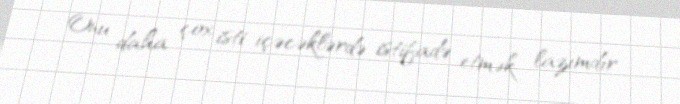
Onu daha çox isti içəcəklərdə istifadə etmək lazımdır.